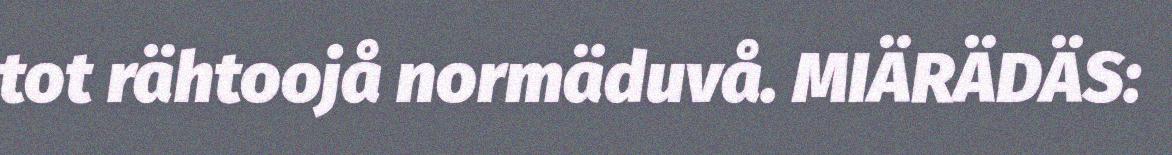
tot rähtoojå normäduvå. MIÄRÄDÄS: